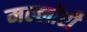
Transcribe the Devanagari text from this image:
मल्लोरी